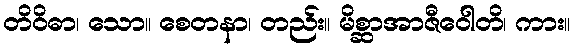
တိဝိဓာ၊ သော။ စေတနာ၊ တည်း။ မိစ္ဆာအာဇီဝေါတိ၊ ကား။